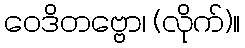
ဝေဒိတဗ္ဗော၊ (လိုက်)။